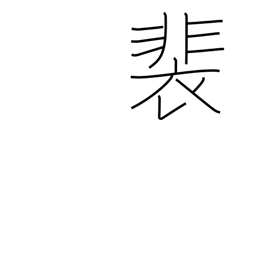
Meaning: long robes